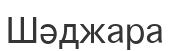
Шәджара